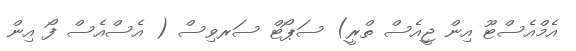
އެމްއެސްޓޫ އިން ޖީއެސް ތްރީ) ސަޕޯޓް ސަރވިސް ( އެސްއެސް ފޯ އިން